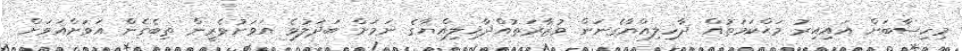
މިހިސާބަށް އައިއިރު މަޙްކަމަތުއް ދާޚިލިއްޔާގެނަން ވުޒާރަތުއްދާޚިލިއްޔާގެ ނަމަށް ބަދަލުވެ އަވަށުވެރީން ތިބެގެން އަވަށްއަވަށް